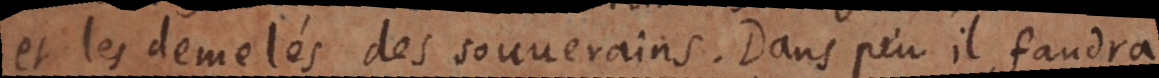
et les demelés des souverains. Dans peu il faudra